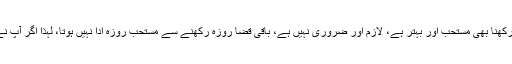
محرم کی دسویں تاریخ کو روزہ رکھنا مستحب ہے، اس کے ساتھ نویں یا گیارہویں تاریخ کا روزہ رکھنا بھی مستحب اور بہتر ہے، لازم اور ضروری نہیں ہے، باقی قضا روزہ رکھنے سے مستحب روزہ ادا نہیں ہوتا، لہذا اگر آپ نے 9 محرم کو قضا روزہ رکھا تو دس محرم کے ساتھ 11 محرم کا روزہ بھی رکھ لیں یہ بہتر ہے۔